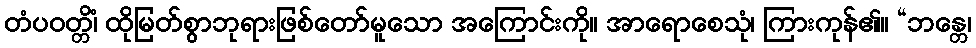
တံပဝတ္တိံ၊ ထိုမြတ်စွာဘုရားဖြစ်တော်မူသော အကြောင်းကို။ အာရောစေသုံ၊ ကြားကုန်၏။ “ဘန္တေ၊